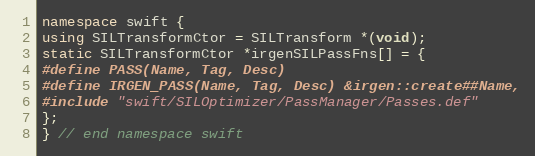
Language: C++
namespace swift {
using SILTransformCtor = SILTransform *(void);
static SILTransformCtor *irgenSILPassFns[] = {
#define PASS(Name, Tag, Desc)
#define IRGEN_PASS(Name, Tag, Desc) &irgen::create##Name,
#include "swift/SILOptimizer/PassManager/Passes.def"
};
} // end namespace swift